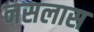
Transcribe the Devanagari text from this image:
नसलास